Treatise on elephants
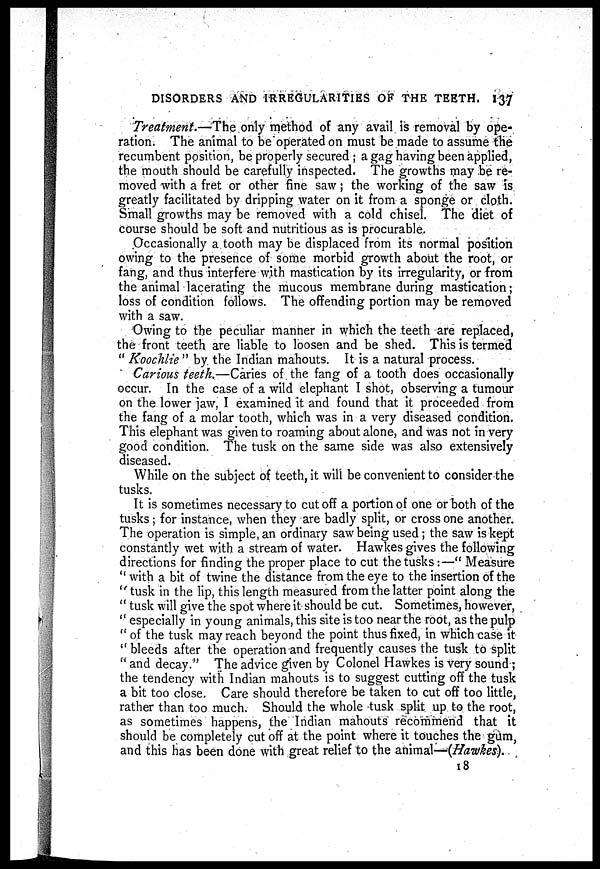
DISORDERS AND IRREGULARITIES OF THE TEETH. 137
Treatment.—The only method of any avail is removal by ope-
ration. The animal to be operated on must be made to assume the
recumbent position, be properly secured ; a gag having been applied,
the mouth should be carefully inspected. The growths may be re-
moved with a fret or other fine saw ; the working of the saw is
greatly facilitated by dripping water on it from a sponge or cloth.
Small growths may be removed with a cold chisel. The diet of
course should be soft and nutritious as is procurable.
Occasionally a tooth may be displaced from its normal position
owing to the presence of some morbid growth about the root, or
fang, and thus interfere with mastication by its irregularity, or from
the animal lacerating the mucous membrane during mastication ;
loss of condition follows. The offending portion may be removed
with a saw.
Owing to the peculiar manner in which the teeth are replaced,
the front teeth are liable to loosen and be shed. This is termed
"Koochlie" by the Indian mahouts. It is a natural process.
Carious teeth.—Caries of the fang of a tooth does occasionally
occur. In the case of a wild elephant I shot, observing a tumour
on the lower jaw, I examined it and found that it proceeded from
the fang of a molar tooth, which was in a very diseased condition.
This elephant was given to roaming about alone, and was not in very
good condition. The tusk on the same side was also extensively
diseased.
While on the subject of teeth, it will be convenient to consider the
tusks.
It is sometimes necessary to cut off a portion of one or both of the
tusks ; for instance, when they are badly split, or cross one another.
The operation is simple, an ordinary saw being used; the saw is kept
constantly wet with a stream of water. Hawkes gives the following
directions for finding the proper place to cut the tusks:—" Measure
" with a bit of twine the distance from the eye to the insertion of the
" tusk in the lip, this length measured from the latter point along the
" tusk will give the spot where it should be cut. Sometimes, however,
" especially in young animals, this site is too near the root, as the pulp
" of the tusk may reach beyond the point thus fixed, in which case it
" bleeds after the operation and frequently causes the tusk to split
" and decay." The advice given by Colonel Hawkes is very sound ;
the tendency with Indian mahouts is to suggest cutting off the tusk
a bit too close. Care should therefore be taken to cut off too little,
rather than too much. Should the whole tusk split up to the root,
as sometimes happens, the Indian mahouts recommend that it
should be completely cut off at the point where it touches the gum,
and this has been done with great relief to the animal—(Hawkes).
18